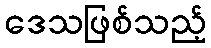
ဒေသဖြစ်သည့်